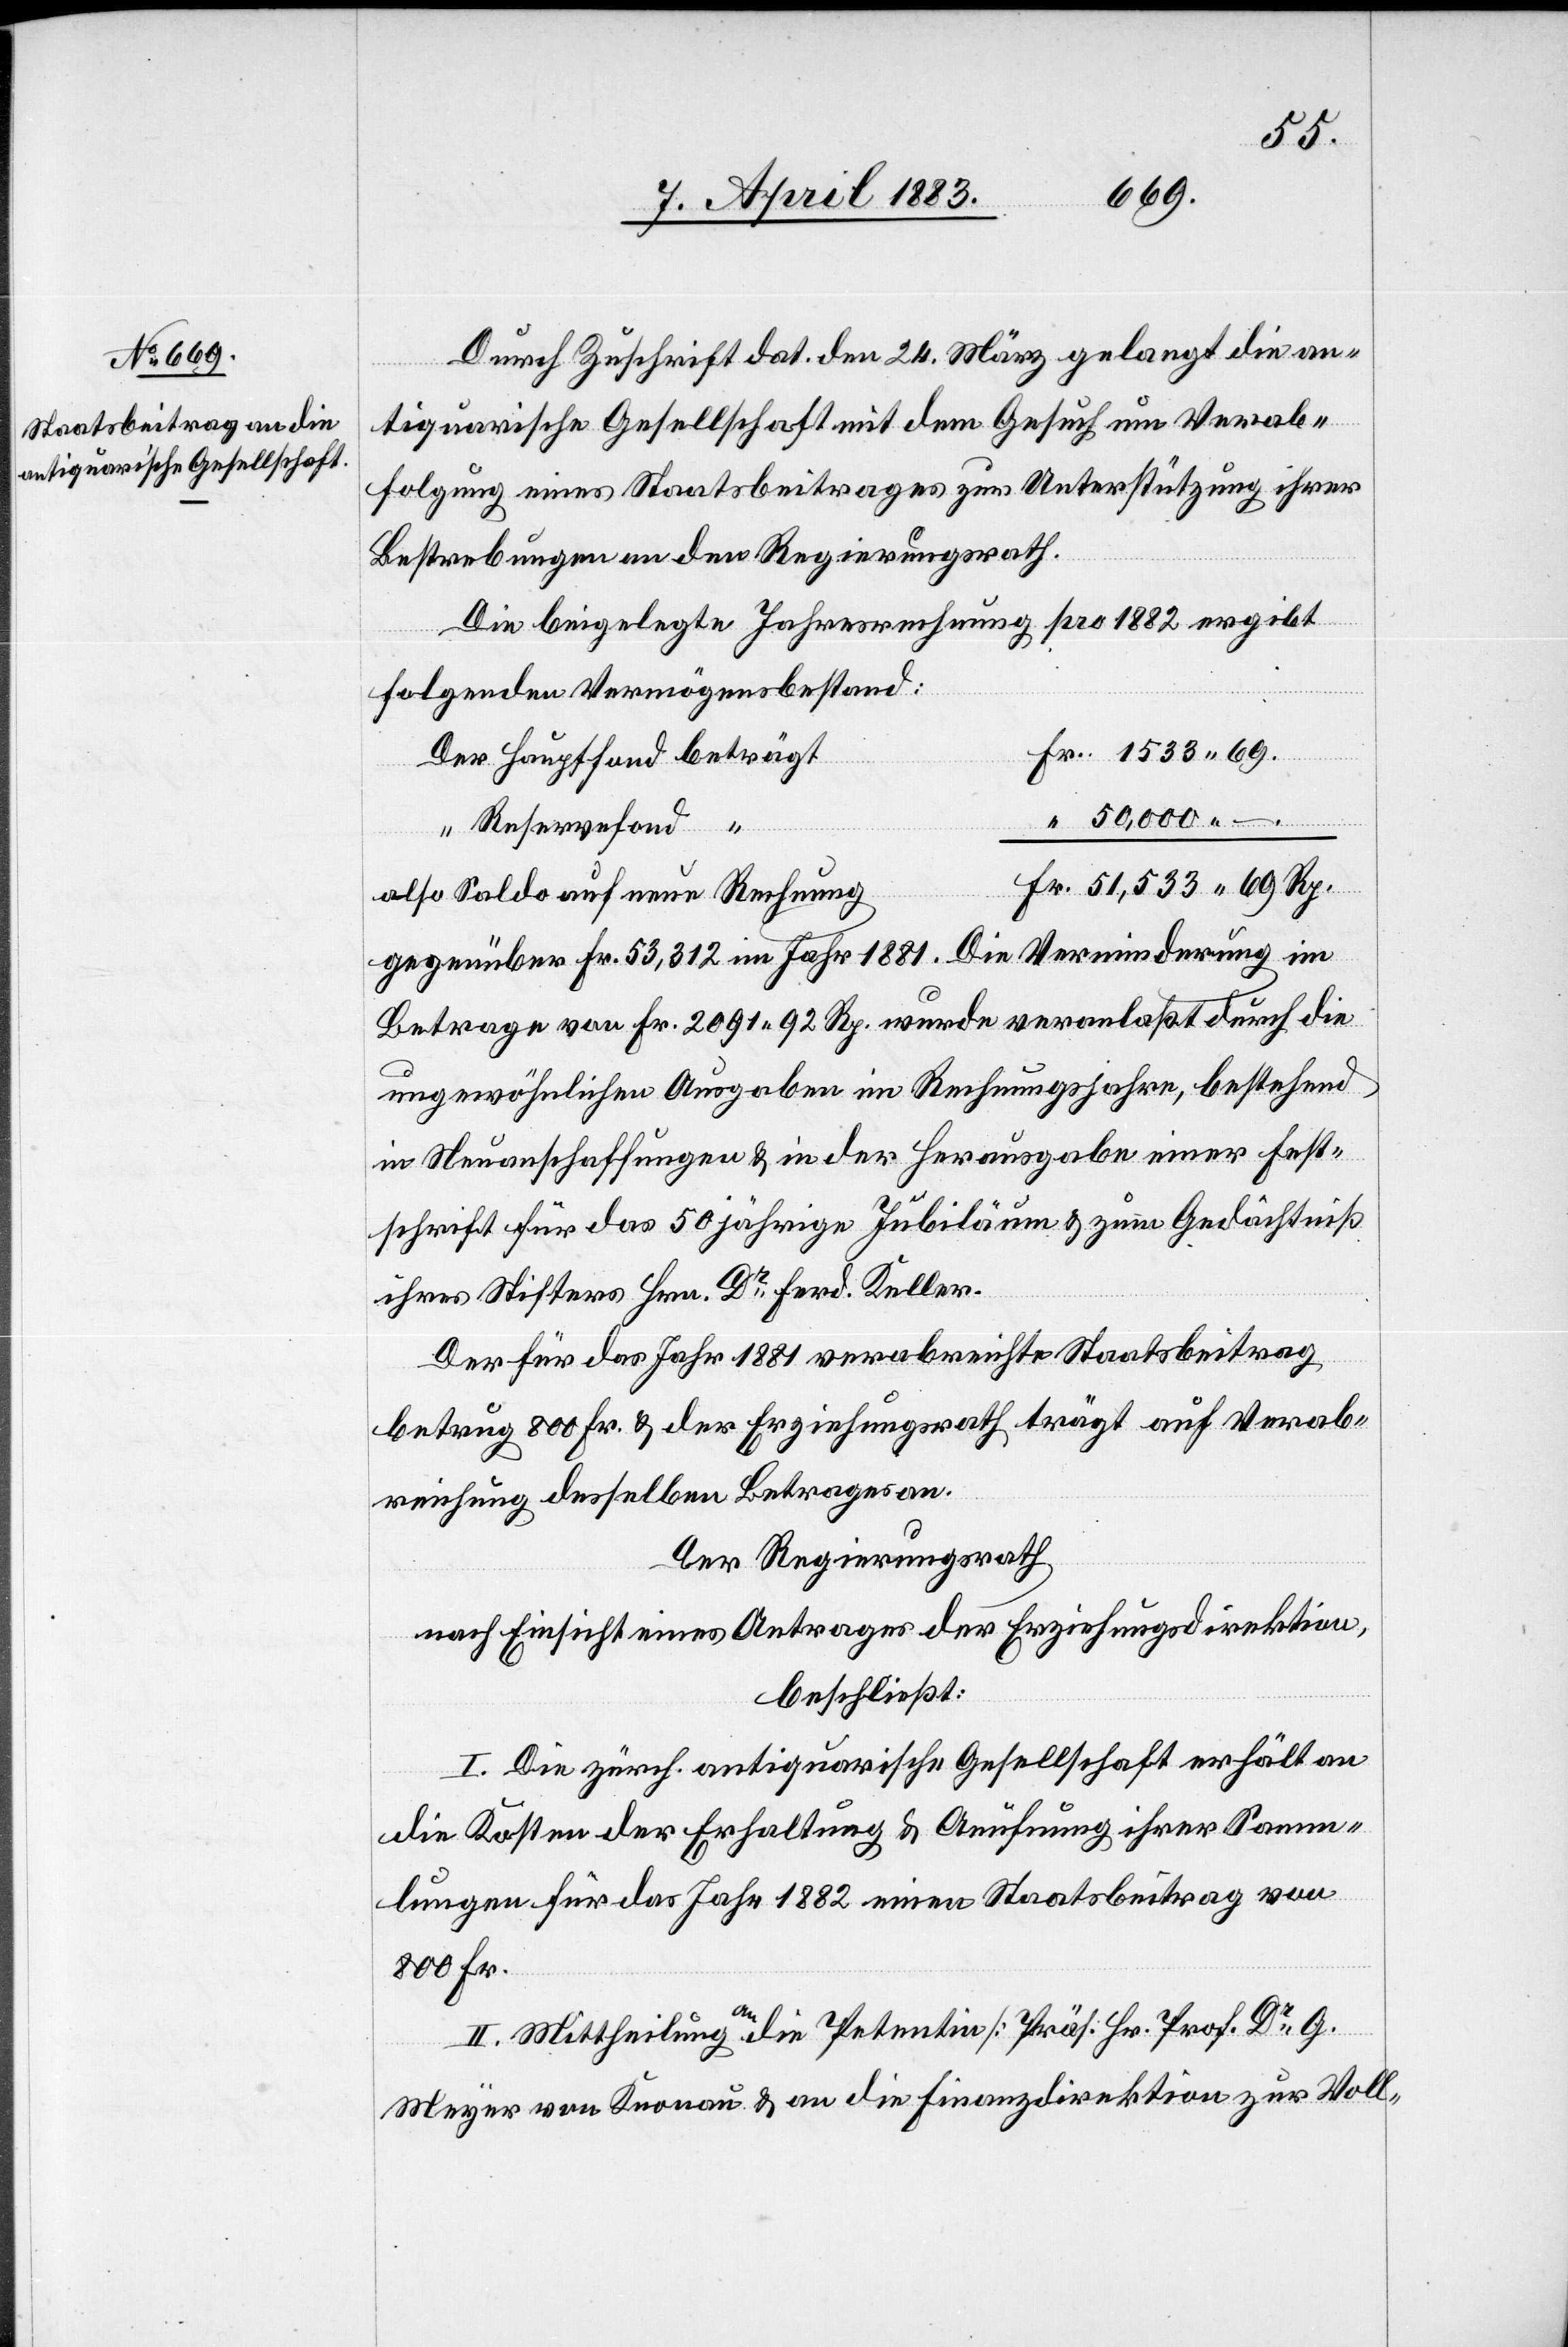
1533
69.
Durch Zuschrift dat. den 24. März gelangt die an¬
tiquarische Gesellschaft mit dem Gesuch um Verab¬
folgung eines Staatsbeitrages zur Unterstützung ihrer
Bestrebungen an den Regierungsrath.
Die beigelegte Jahresrechnung pro 1882 ergibt
folgenden Vermögensbestand:
50,000. –
Reservefond
also Saldo auf neue Rechnung
gegenüber Fr. 53,312 im Jahr 1881. Die Verminderung im
Betrage von Fr. 2091 92 Rp. wurde veranlaßt durch die
ungewöhnlichen Ausgaben im Rechnungsjahre, bestehend
in Neuanschaffungen & in der Herausgabe einer Fest¬
schrift für das 50jährige Jubiläum & zum Gedächtniß
ihres Stifters Hrn. Dr Ferd. Keller.
Der für das Jahr 1881 verabreichte Staatsbeitrag
betrug 800 Fr. & der Erziehungsrath trägt auf Verab¬
reichung desselben Betrages an.
Der Regierungsrath,
nach Einsicht eines Antrages der Erziehungsdirektion,
beschließt:
I. Die zürch. antiquarische Gesellschaft erhält an
die Kosten der Erhaltung & Aeufnung ihrer Samm¬
lungen für das Jahr 1882 einen Staatsbeitrag von
800 Fr.
II. Mittheilung an die Petentin [Präs. Hr. Prof. Dr G.
Meyer von Knonau[]] & an die Finanzdirektion zur Voll-